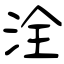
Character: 洤